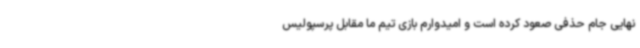
نهایی جام حذفی صعود کرده است و امیدوارم بازی تیم ما مقابل پرسپولیس